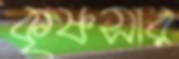
কৃষ্ণসার